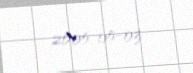
2005-05-03